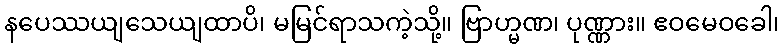
နပေဿယျသေယျထာပိ၊ မမြင်ရာသကဲ့သို့။ ဗြာဟ္မဏ၊ ပုဏ္ဏား။ ဧဝမေဝခေါ၊